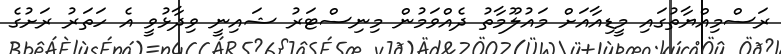
ރަސްމިއްޔާތުގައި މީޑިއާއަށް މައުލޫމާތު ދެއްވަމުން މިނިސްޓަރު ޝައިނީ ވިދާޅުވީ އެ ހަަތަރު ރަށުގެ